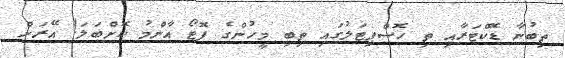
ތިބުނާ ޑޮކްޓަރާއި ތި ހޮސްޕިޓަލުގައި ތިބި މީހުންގެ ފޮޓޯ އާންމު ކޮށްބަލަ! އޭރަށް